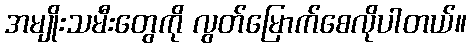
အမျိုးသမီးတွေကို လွတ်မြောက်စေလိုပါတယ်။